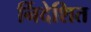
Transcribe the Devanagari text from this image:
र्निदेशित